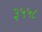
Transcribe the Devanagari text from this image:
३५५८